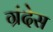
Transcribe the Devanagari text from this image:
ग्रंदेस